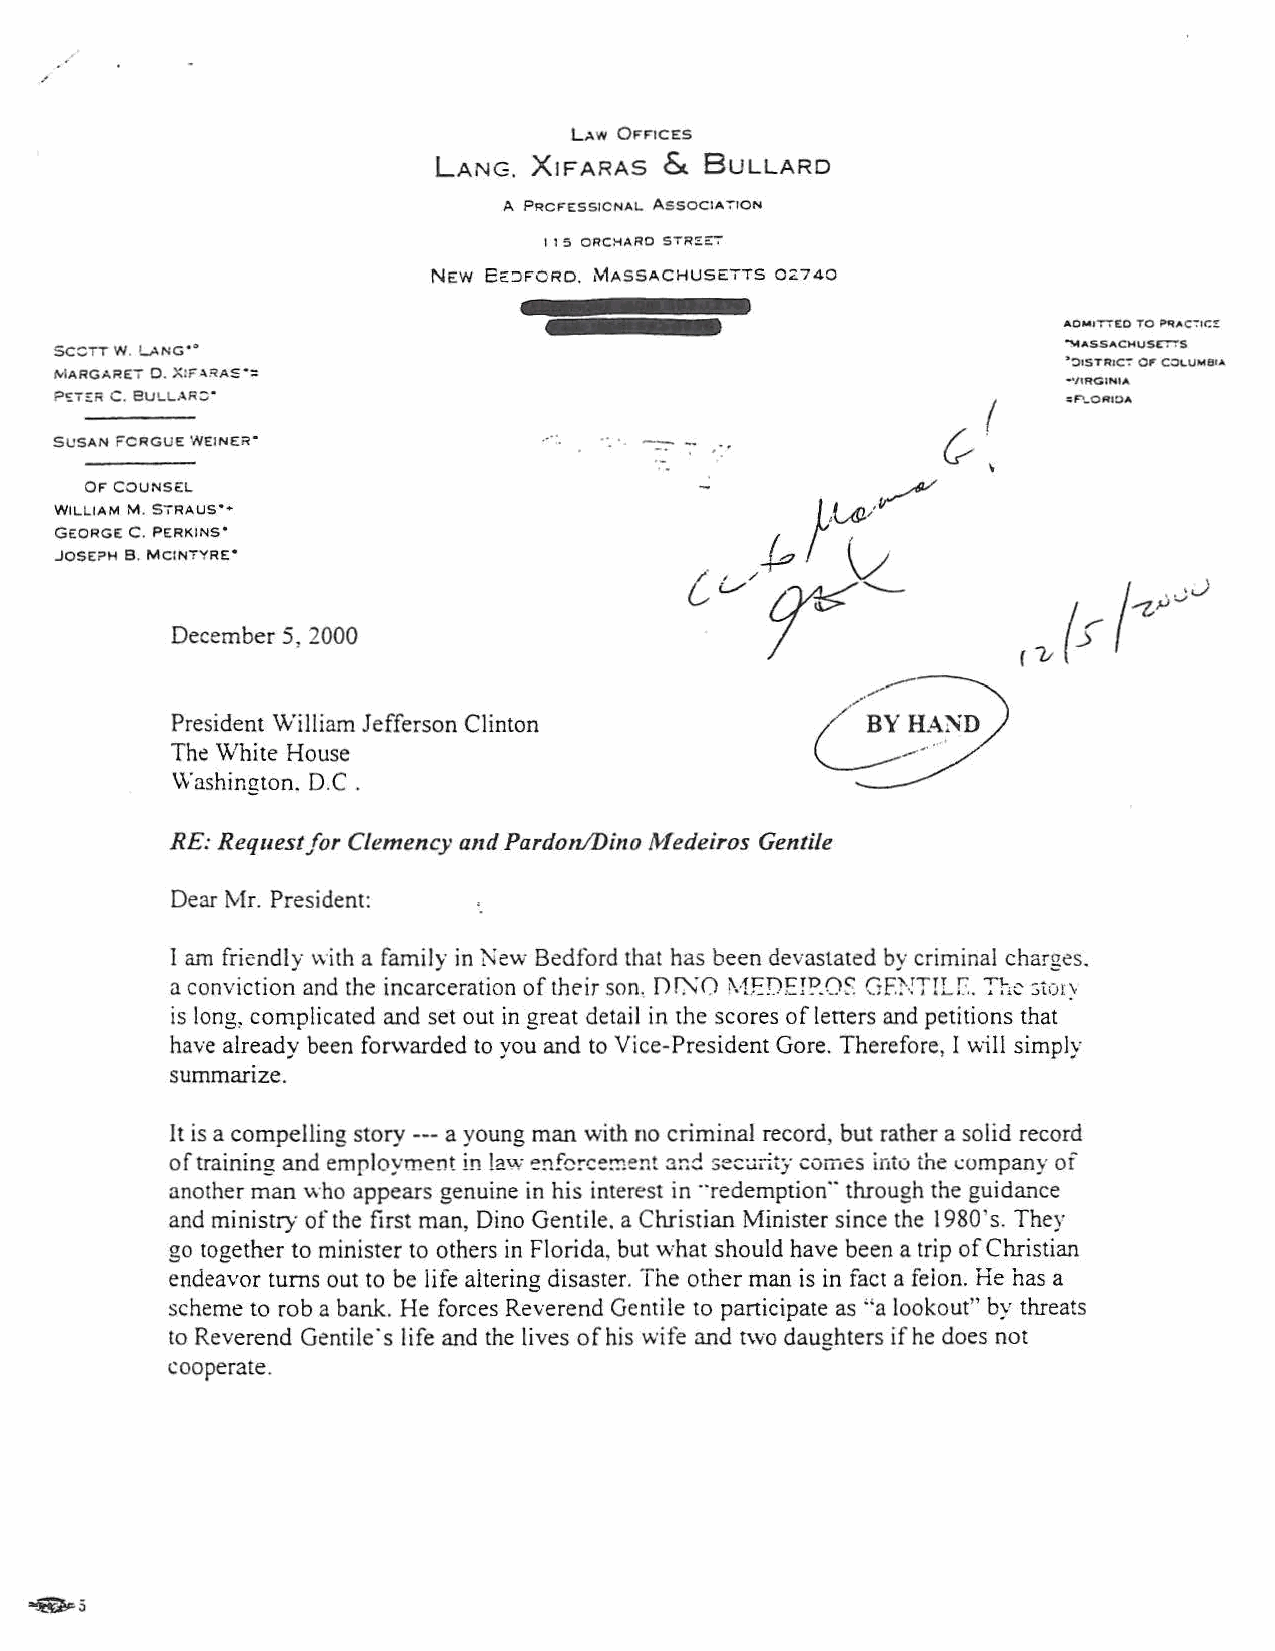
L.:~.w OFFICES
 XJF      &
 LANG.     ARAS    BuLLARD
 A PROFESSIONAL AS SOCIA -:"ION
 11 S ORCHARD STR:::E:7
 NEW Ec:::>FORD. MASSACHUSETTS 0:<:740
 AOMfT"'T£0 TO pqAC":'tC:!
 SC:::TT W. LANG'•                                                  ~ASSACMUSr."'!'S
 ~:liSTRIC";" 0,. COLUMBIA
 MARGARE7 D. X:F .\RA~ •:
 ••IIRCINIA
 P~T::n C. 8ULLAR::;·                                               :F"_QRIOA
 SUSAN FCRGUE WEINER'
 OF COUNSEL
 WILLIAM M. 57RAUS'•
 GEORGE C. PERKINS'
 JOSE?H 8. MCINTYRE'
 December 5, 2000
 President William Jefferson Clinton
 The White House
 Washington. D.C .
 RE: Request for Clemency and Pardon/Dino fvfedeiros Gentile
 Dear Mr. President:
 I am friendly with a family in 'New Bedford that has been devastated by criminal charges.
 a conviction and the incarceration of their son, D J0;0 !\·1EDEI1?.0~ GP.-!TrU~. Yhc :;tol)'
 is long, complicated and set out in great detail in the scores of leners and petitions that
 have already been forwarded to you and to Vice-President Gore. Therefore, I will simply
 summartze.
 It is a compelling story--- a young man with no criminal record, but rather a solid record
 of training and employment in !au.: ~nfcrce~ent and sec;;rity comes into the company of
 another man who appears genuine in his interest in "redemption" through the guidance
 and ministry of the first man, Dino Gentile. a Christian Minister since the 1980's. They
 go together to minister to others in Florida, but what should have been a trip of Christian
 endeavor turns out to be life aitering disaster. The other man is in fact a feion. He has a
 scheme to rob a bank. He forces Reverend Gentile to participate as "a lookout" by threats
 to Reverend Gentile's life and the lives ofhis wife and t\VO daughters if he does not
 cooperate.